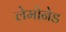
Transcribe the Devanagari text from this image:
लेमोनेड